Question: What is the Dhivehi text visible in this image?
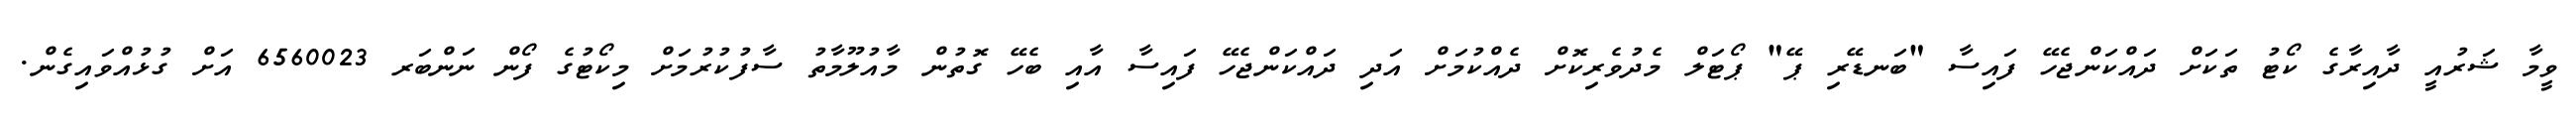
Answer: ވީމާ ޝަރުއީ ދާއިރާގެ ކޯޓު ތަކަށް ދައްކަންޖެހޭ ފައިސާ "ބަނޑޭރި ޕޭ" ޕޯޓަލް މެދުވެރިކޮށް ދެއްކުމަށް އަދި ދައްކަންޖެހޭ ފައިސާ އާއި ބެހޭ ގޮތުން މާއުލޫމާތު ސާފުކުރުމަށް މިކޯޓުގެ ފޯން ނަންބަރ 6560023 އަށް ގުޅުއްވައިގެން.